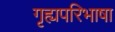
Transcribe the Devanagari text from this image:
गृह्यपरिभाषा